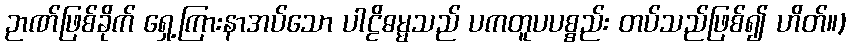
ဉာဏ်ဖြစ်ခိုက် ရှေ့ကြားနာအပ်သော ပါဠိဓမ္မသည် ပကတူပပစ္စည်း တပ်သည်ဖြစ်၍ ဟိတ်။)